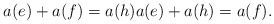
\begin{align*} a(e) + a(f) = a(h) a(e) + a(h) = a(f).\end{align*}